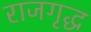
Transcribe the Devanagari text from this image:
राजगृद्ध